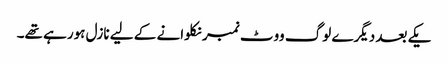
یکے بعد دیگرے لوگ ووٹ نمبر نکلوانے کے لیے نازل ہورہے تھے۔